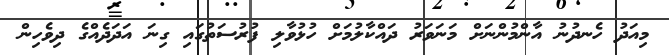
މިއަދު ހެނދުނު އާންމުންނަށް މަނަވަރު ދައްކާލުމަށް ހުޅުވާލި ފުރުސަތުގައި ގިނަ އަދަދެއްގެ ދިވެހިން